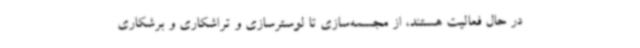
در حال فعالیت هستند، از مجسمه‌سازی تا لوسترسازی و تراشکاری و برشکاری